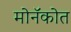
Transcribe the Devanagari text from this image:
मोनॅकोत